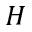
\boldsymbol { H }